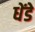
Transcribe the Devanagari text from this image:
धेंडे